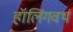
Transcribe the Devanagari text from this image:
हॉलिंगवर्थ